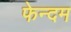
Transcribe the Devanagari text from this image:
फेन्दम